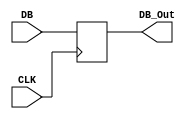
`timescale 1ns / 1ps
//////////////////////////////////////////////////////////////////////////////////
// Company: 
// Engineer: 
// 
// Design Name: 
// Module Name: DBDR
// Project Name: 
// Target Devices: 
// Tool Versions: 
// Description: 
// 
// Dependencies: 
// 
// Revision:
// Revision 0.01 - File Created
// Additional Comments:
// 
//////////////////////////////////////////////////////////////////////////////////


module DBDR(
    input CLK,
    input [31:0] DB,
    output reg [31:0] DB_Out
    );
    
    always@(posedge CLK) begin
        DB_Out = DB;
    end
    
endmodule